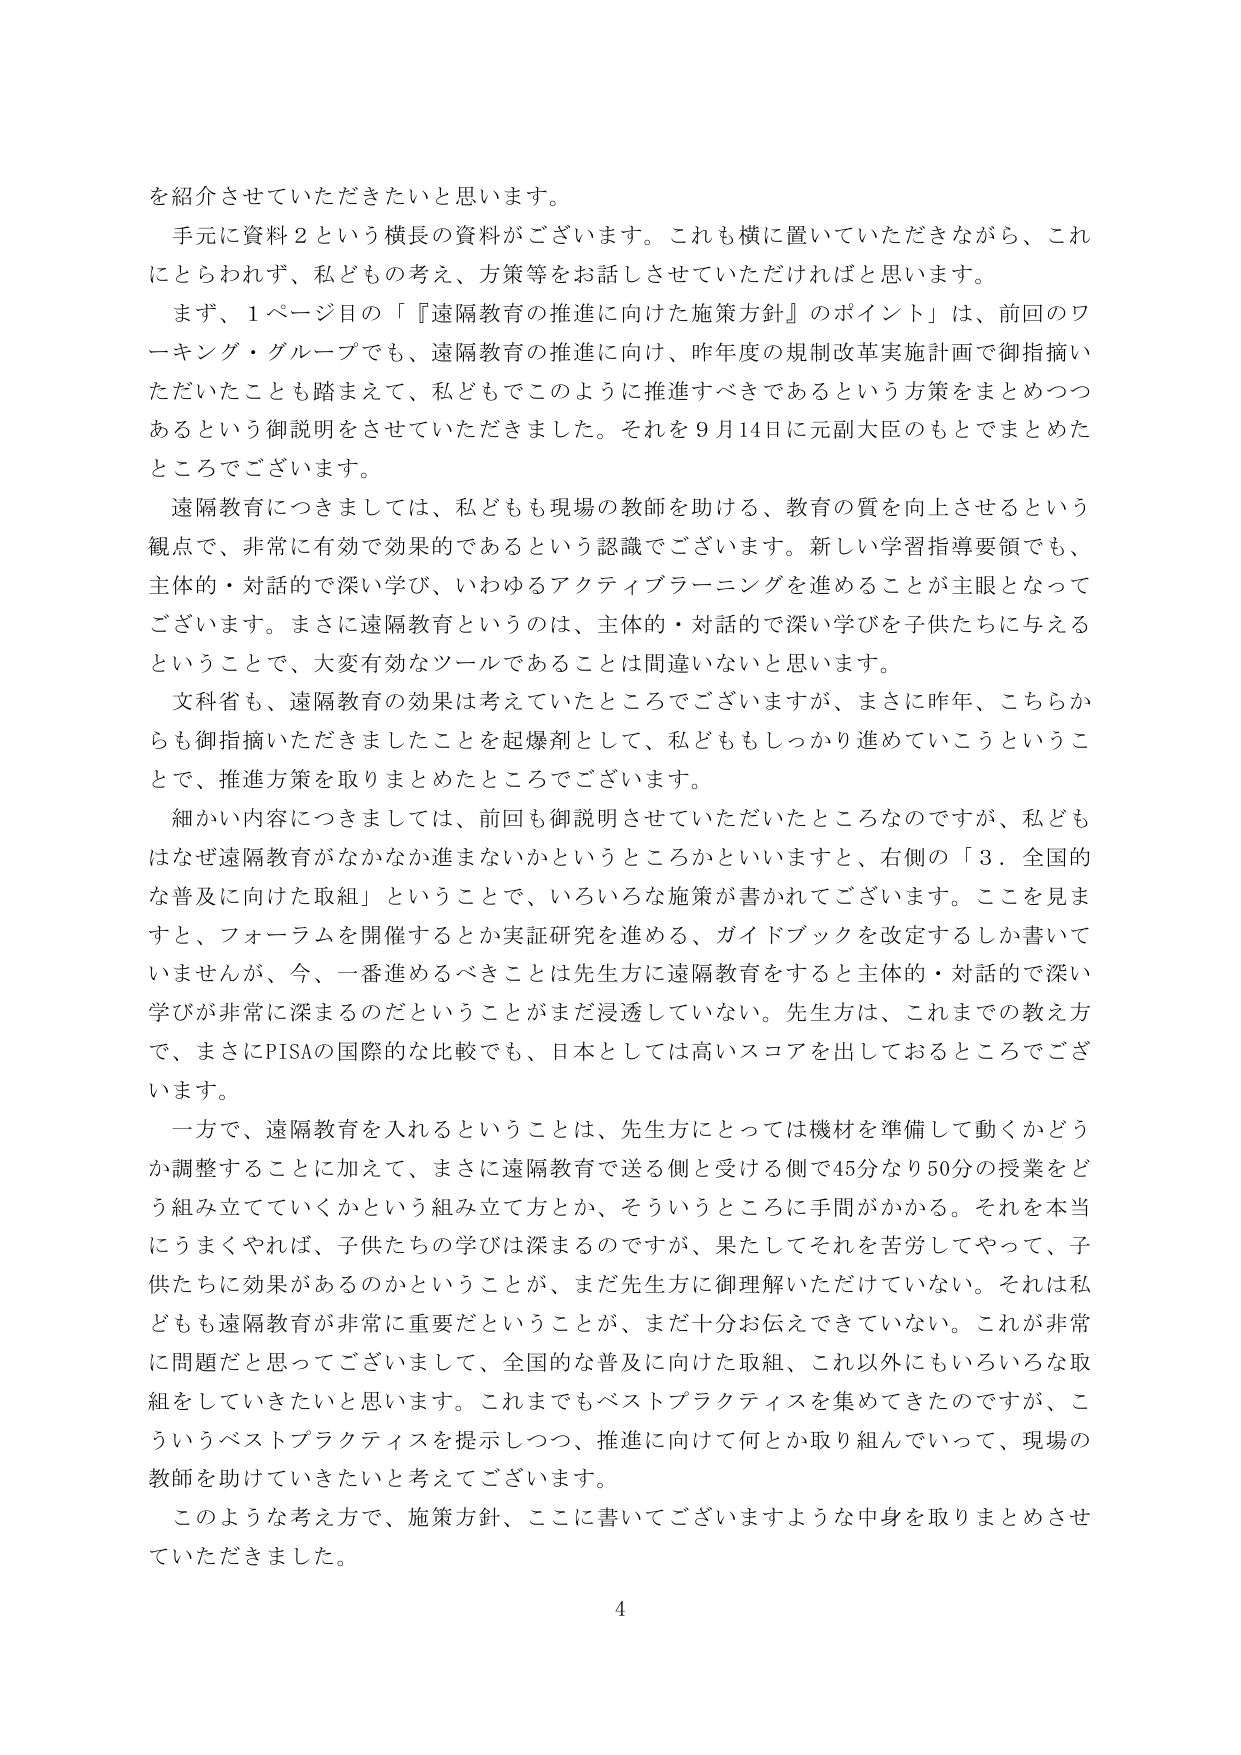
を紹介させていただきたいと思います。

手元に資料２という横長の資料がございます。これも横に置いていただきながら、これにとらわれず、私どもの考え、方策等をお話しさせていただければと思います。

まず、１ページ目の「『遠隔教育の推進に向けた施策方針』のポイント」は、前回のワーキング・グループでも、遠隔教育の推進に向け、昨年度の規制改革実施計画で御指摘いただいたことも踏まえて、私どもでこのように推進すべきであるという方策をまとめつつあるという御説明をさせていただきました。それを９月14日に元副大臣のもとでまとめたところでございます。

遠隔教育につきましては、私どもも現場の教師を助ける、教育の質を向上させるという観点で、非常に有効で効果的であるという認識でございます。新しい学習指導要領でも、主体的・対話的で深い学び、いわゆるアクティブラーニングを進めることが主眼となってございます。まさに遠隔教育というのは、主体的・対話的で深い学びを子供たちに与えるということで、大変有効なツールであることは間違いないと思います。

文科省も、遠隔教育の効果は考えていたところでございますが、まさに昨年、こちらからも御指摘いただきましたことを起爆剤として、私どももしっかり進めていこうということで、推進方策を取りまとめたところでございます。

細かい内容につきましては、前回も御説明させていただいたところなのですが、私どもはなぜ遠隔教育がなかなか進まないかというところかといいますと、右側の「３．全国的な普及に向けた取組」ということで、いろいろな施策が書かれてございます。ここを見ますと、フォーラムを開催するとか実証研究を進める、ガイドブックを改定するしか書いていませんが、今、一番進めるべきことは先生方に遠隔教育をするとき主体的・対話的で深い学びが非常に深まるのだということがまだ浸透していない。先生方は、これまでの教え方で、まさにPISAの国際的な比較でも、日本としては高いスコアを出しておりところでございます。

一方で、遠隔教育を入れるということは、先生方にとっては機材を準備して動くかどうか調整することに加えて、まさに遠隔教育で送る側と受ける側で45分なり50分の授業をどう組み立てていくかという組み立て方とか、そういうところに手間がかかる。それを本当にうまくやれば、子供たちの学びは深まるのですが、果たしてそれを苦労してやって、子供たちに効果があるのかということが、まだ先生方に御理解いただけていない。それは私どもも遠隔教育が非常に重要だということが、まだ十分お伝えできていない。これが非常に問題だと思ってございまして、全国的な普及に向けた取組、これ以外にもいろいろな取組をしていきたいと思います。これまでもベストプラクティスを集めてきたのですが、こういうベストプラクティスを提示しつつ、推進に向けて何とか取り組んでいって、現場の教師を助けていきたいと考えております。

このような考え方で、施策方針、ここに書いてございますような中身を取りまとめさせていただきました。

4